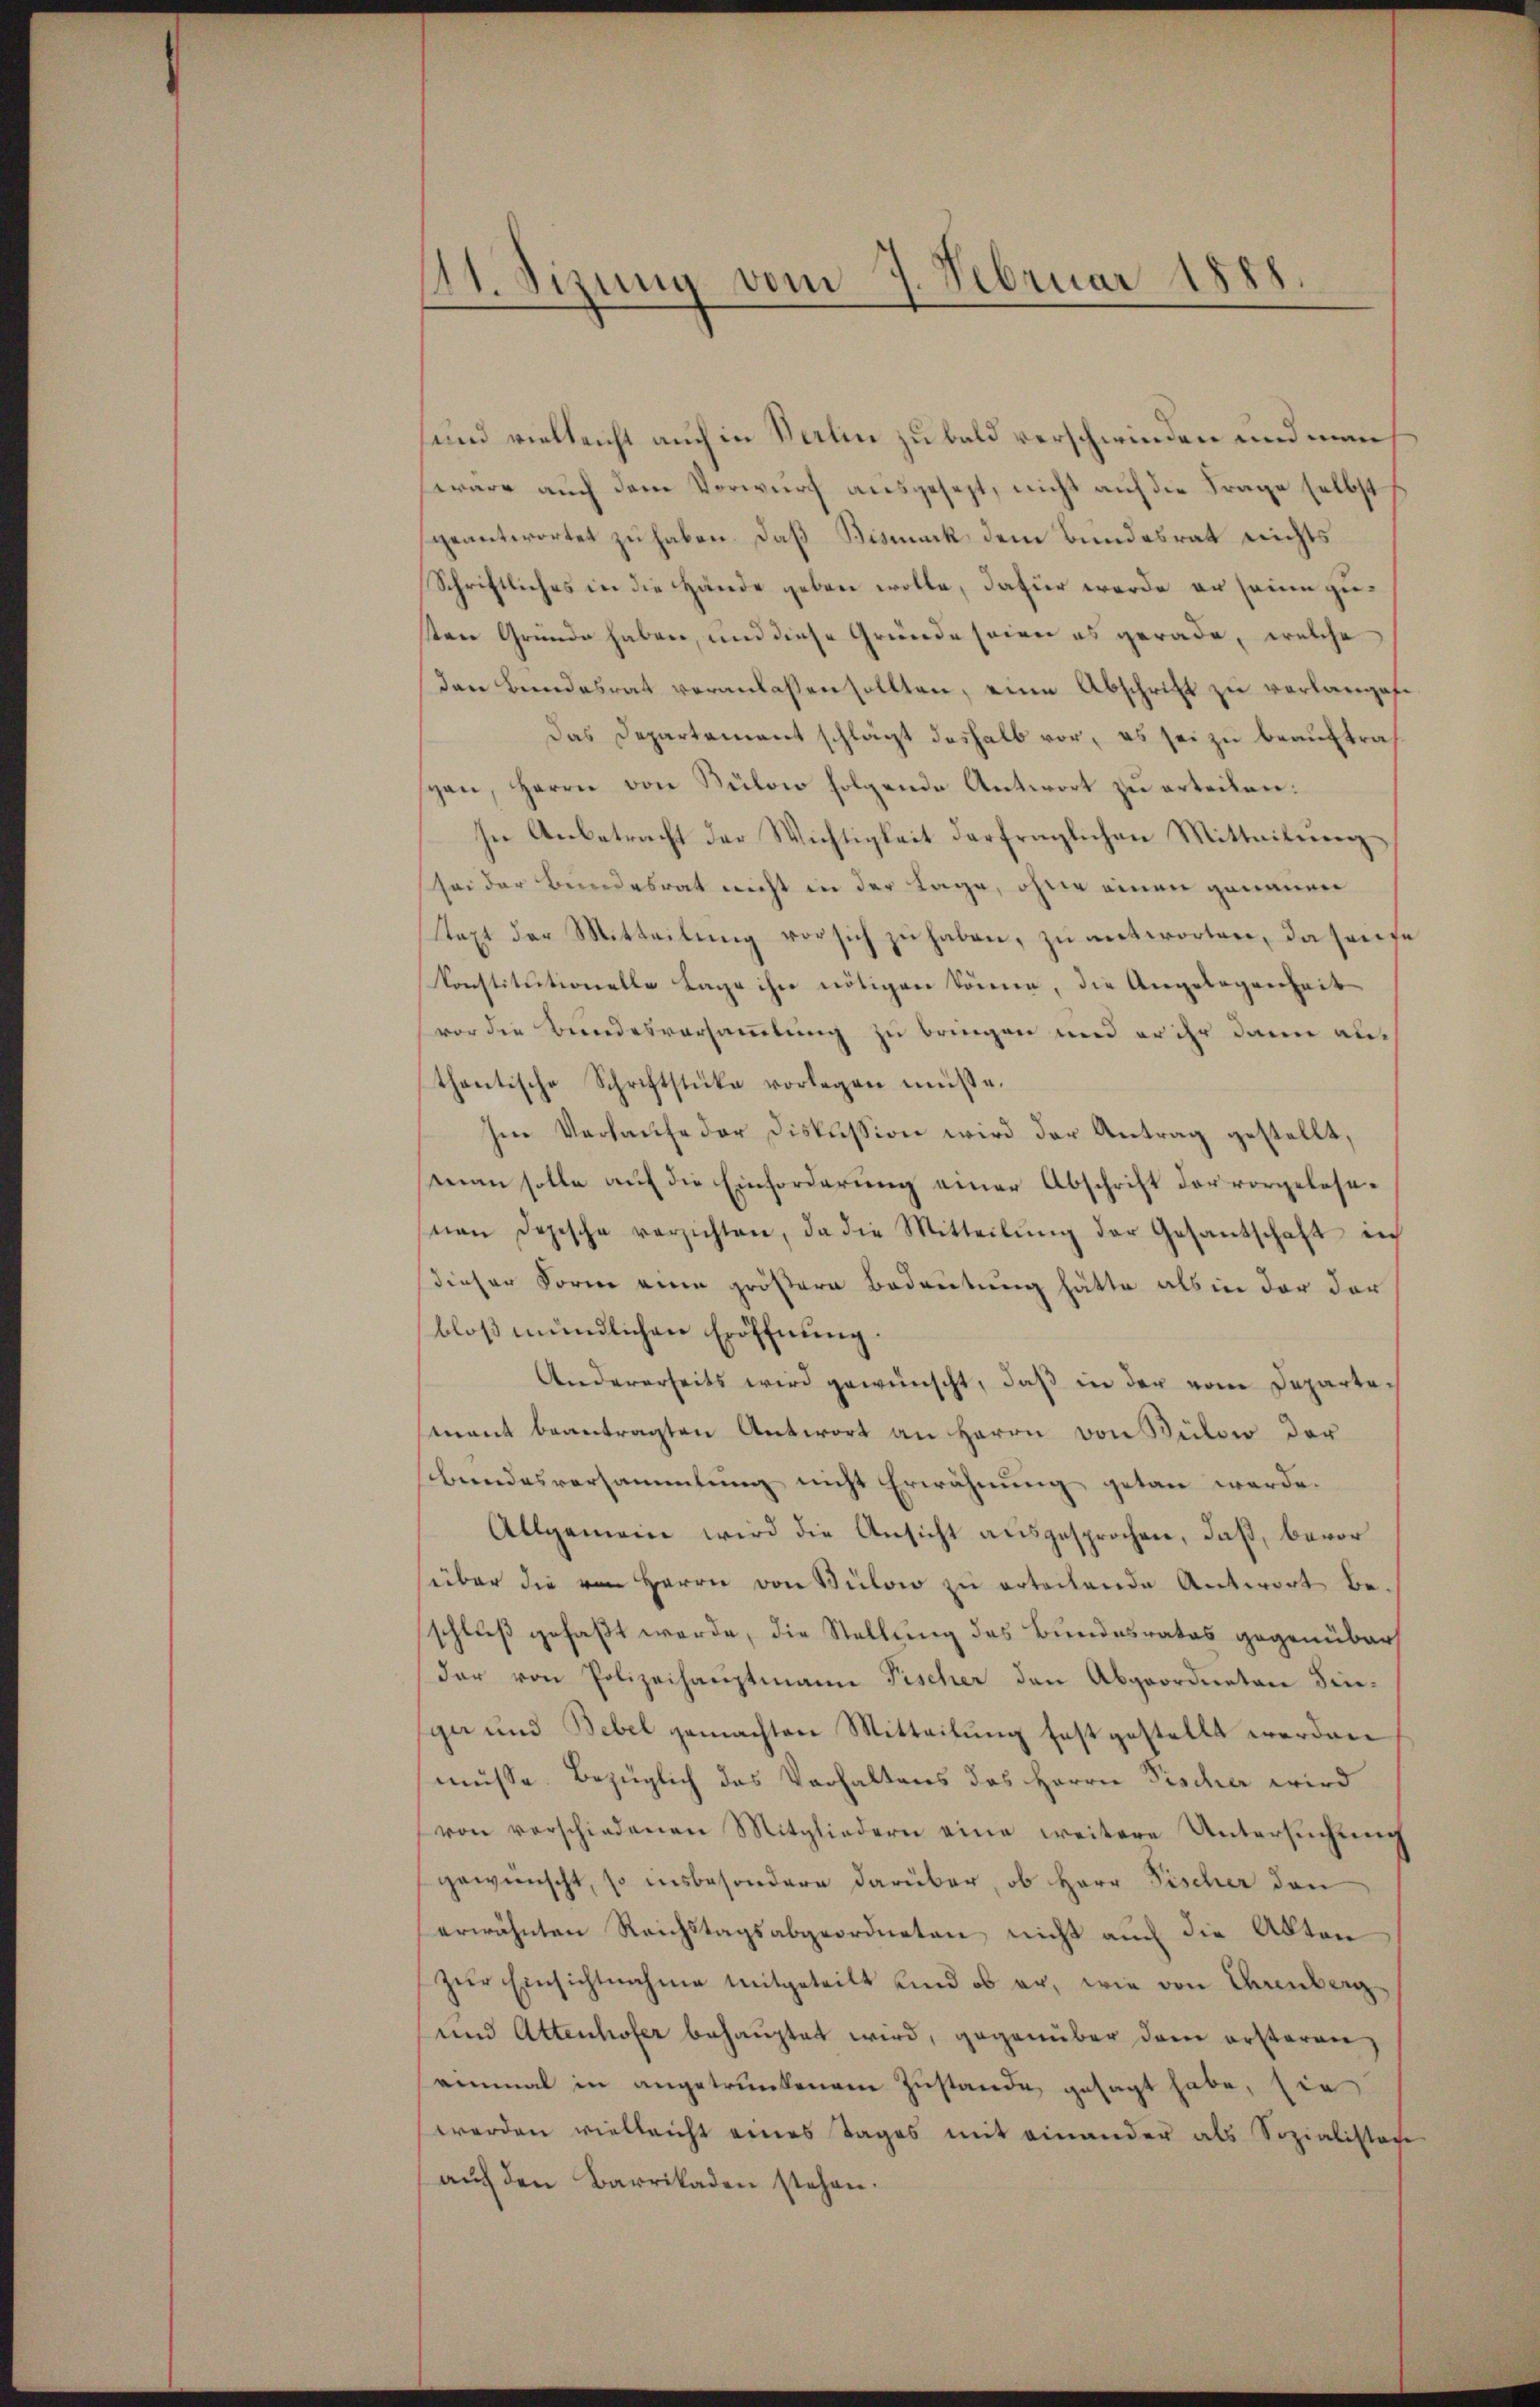
11. Sizung vom 7. Februar 1888

und vielleicht auch in Berlin zu bald verschwinden und man
wäre auch dem Verwurf ausgesezt, nicht auf die Frage selbst
geantwortet zu haben. Daß Bismuck, dem Bundesrat nichts
Schriftliches in die Hände geben wolle, dafür werde er seine zusten Gründe haben, und diese Gründe seiner es gerade, welche
den Bundesrat veranlassen sollten, eine Abschrift zu verlangese
Das Departement schlägt deshalb vor, es sei zu beauftraspen, Herrn von Kulon folgende Antwort zu erteilen.
In Anbetracht der Wichtigkeit derfraglichen Mitteitŭng
sei der Bundesrat nicht in der Lage, ohne einen genauen
Text der Mitteilung vor sich zu haben, zu antworten, da hause
Konstitutionelle Lage ihr nötigen können, die Angelegenheit
vor die Bundesversammlung zu bringen und er ihr dann au
thantische Schriftstücke vorlegen müße.
Im Verlaŭfe der Diskussion wird der Antrag gestellt,
man solle auf die Einforderung einer Abschrift der vorgelesenen Dopische verzichten, da die Mitteilŭng der Gesantschaft nich
dieser Form eine größere Bedeutung hätte als in der der
bloß mündlichen Eröffnung.
Andererseits wird gewünscht, daß in der vom Departemant beantragten Antwort an Herrn von Bülow der
bundesversammlung nicht Erwähnung getan werde.
Allgemein wird die Ansicht ausgesprochen, daß, bevor
über die von Herrn von Bülow zu erteilende Antwort be-
schluß gefaßt werde, die Stellung des Bundesrates gegenüber
dar von Polizeihauptmann Fischer den Abgeordneten Finga und Bebel gemachten Mitteilung festgestellt werden
müsse. Bezüglich das Verhaltens des Herrn Fischer wird
von verschiedenen Mitgliedern eine weitere Untersŭchŭng
gewünscht, so insbesondere darüber, ob Herr Fischer den
erwähnten Reichstagsabgeordneten, nicht auch die Akten
zŭr Einsichtnahme mitgeteilt und ob er, wie von Bernberg
und Attenhofer behauptet wird, gegenüber dem ersteren
einmal in angetrunkenem Zustande gesagt habe, sie
werden vielleicht eines Tages mit einander als Sozialistate
aŭf den Barrikaden stehen.